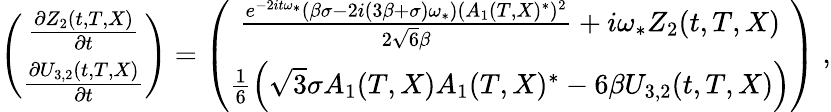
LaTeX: \begin{array}{r}{\left(\begin{array}{c}{\frac{\partial Z_{2}(t,T,X)}{\partial t}}\\ {\frac{\partial U_{3,2}(t,T,X)}{\partial t}}\end{array}\right)=\left(\begin{array}{c}{\frac{e^{-2it\omega_{*}}\left(\beta\sigma-2i(3\beta+\sigma)\omega_{*}\right)\left(A_{1}(T,X){}^{*}\right){}^{2}}{2\sqrt{6}\beta}+i\omega_{*}Z_{2}(t,T,X)}\\ {\frac{1}{6}\left(\sqrt{3}\sigma A_{1}(T,X)A_{1}(T,X){}^{*}-6\beta U_{3,2}(t,T,X)\right)}\end{array}\right)\; ,}\end{array}